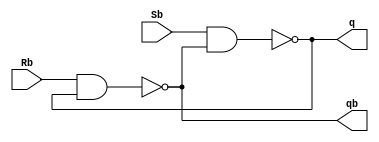
module SbRb_FF(Sb, Rb, q, qb);
input Sb, Rb;
output q, qb;
nand G1(q, Sb, qb);
nand G2(qb, Rb, q);
endmodule